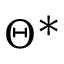
\Theta ^ { * }